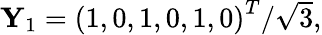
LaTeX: \begin{array}{r}{\mathbf{Y}_{1}=\left(1,0,1,0,1,0\right)^{T}/\sqrt{3},}\end{array}